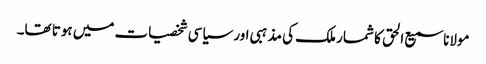
مولانا سمیع الحق کا شمار ملک کی مذہبی اور سیاسی شخصیات میں ہوتا تھا۔